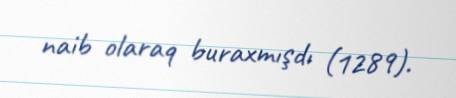
naib olaraq buraxmışdı (1289).